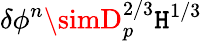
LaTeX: \delta\phi^{n}\simD_{p}^{2/3}\mathtt{H}^{1/3}